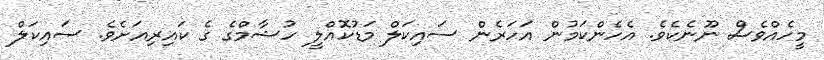
މީހެއްވެސް ނޫނެކެވެ. އެހެންކަމުން އަހަރެން ސައިކަލް މަޑުކޮއްލީ ހުޝާމްގެ ގެ ކައިރިއަށެވެ. ސައިކަލް